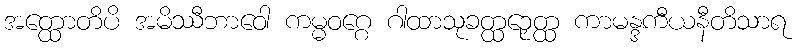
အတ္ထောတိပိ အမိဿီဘာဝေါ ကမ္မဝဂ္ဂေ ဂါထာသုခတ္ထဉှေတ္ထ ကာမန္ဒကီယနီတိသာရ